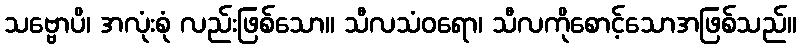
သဗ္ဗောပိ၊ အလုံးစုံ လည်းဖြစ်သော။ သီလသံဝရော၊ သီလကိုစောင့်သောအဖြစ်သည်။